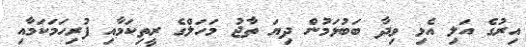
އިރުގެ އަލި އެޅި ވިދާ ބަބުޅަމުން ދިޔަ ތާޖު މަހަލްގެ ރީތިކަމާއި ފުރިހަމަކަމާއި